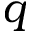
\boldsymbol { q }